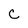
Character: c